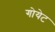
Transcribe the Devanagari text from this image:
गोयेट